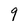
Character: 9